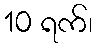
10 ရက်၊